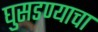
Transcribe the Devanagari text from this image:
घुसडण्याचा